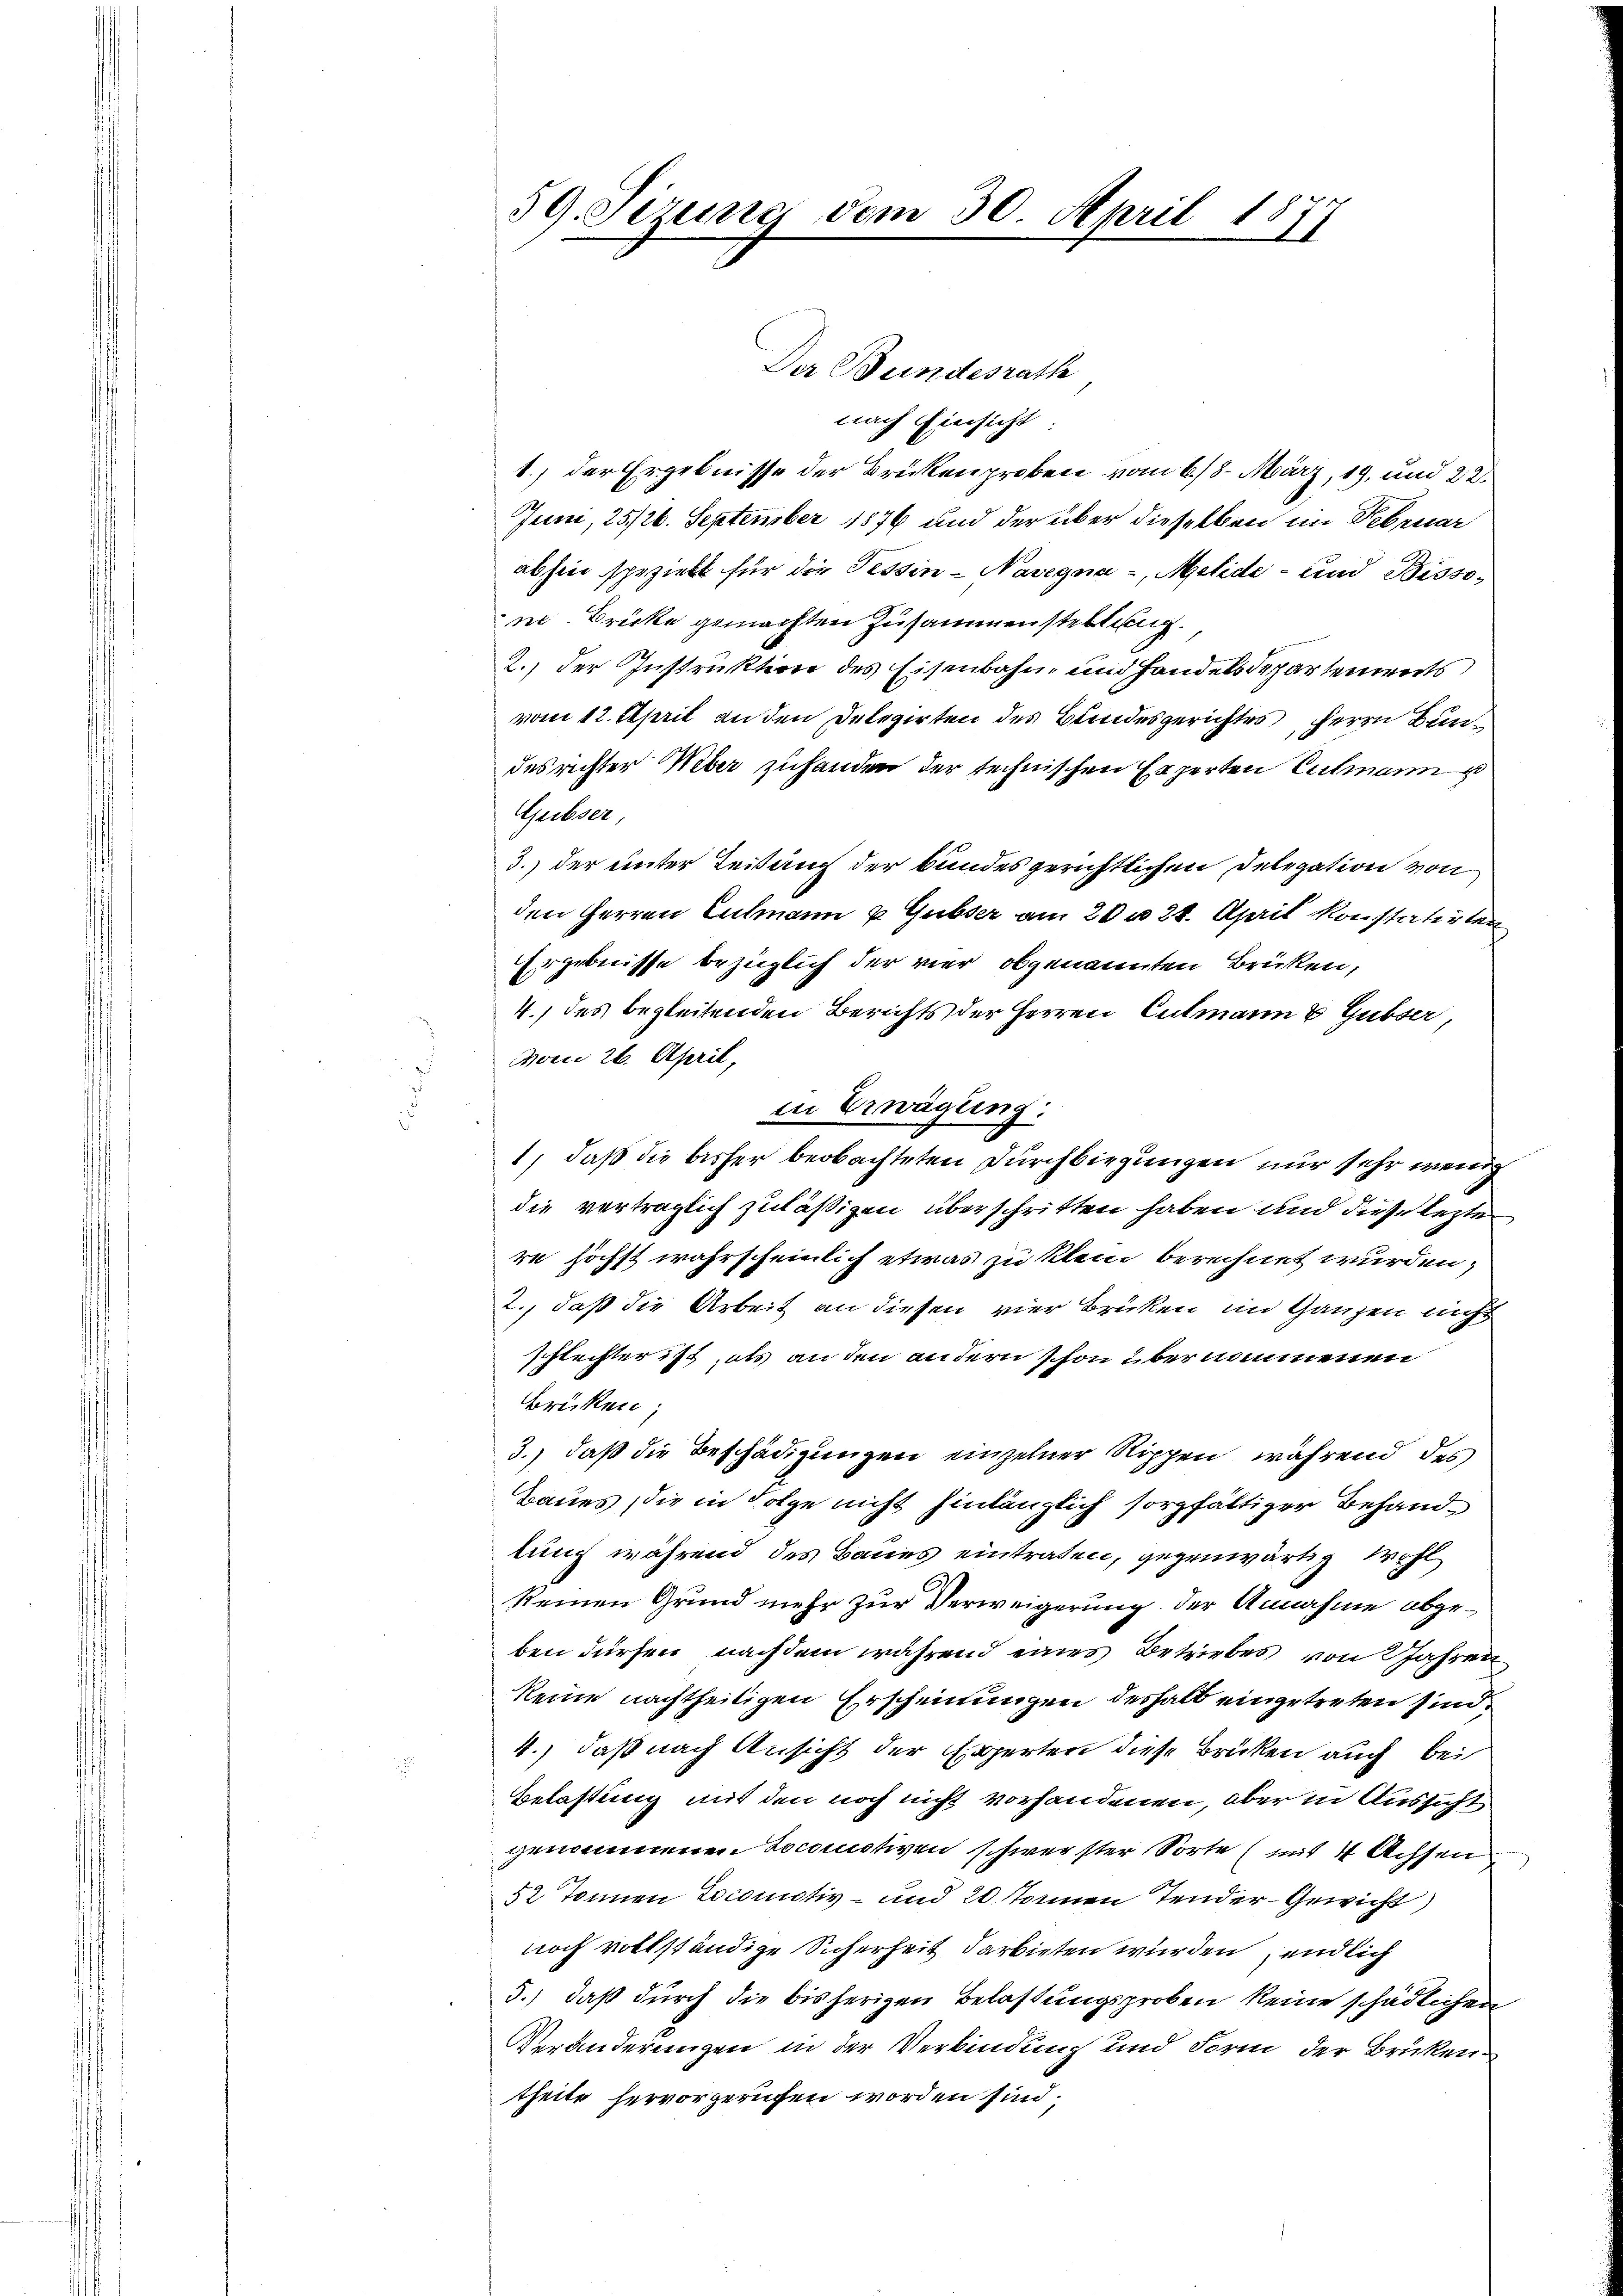
nach Einsicht
1.) der Ergebnisse der Brükenproben vom 6./8. März, 19. und 22
Juni, 25/26. September 1876 und der über dieselben im Februar
abhin spezielt für die Tessin - Navegna - Melide- und Bissone-Brücke gemachten Zusammenstellung.
2.) Der Instruktion des Eisenbahn- und Handelsdepartements
vom 12. April an den Delegirten des Bundesgerichtes Herrn Bundes rechter Weber zuhanden der technischen Experten Culmann u
Gubser,
3.) der unter Leitung der bundesgerichtlichen Delegation von
den Herren Culmann u. Gubser am 20 n 24. April konstatirten
Ergebnisse bezüglich der vier obgenannten Brüken,
4.) des begleitenden Berichts der Herren Culmann & Gubser,
vom 26. April,
in Erwägung:
1), daß die bisher beobachteten Durchbiegungen nur sehr wenig
die verträglich zuläßigen überschritten haben und diese lezte
re höchst wahrscheinlich etwas zu klein berechnet wurden;
2., daß die Arbeit an diesen vier Brüken im Ganzen nicht
schlechter ist, als an den andern schon übernommenen
Brüken;
3.) daß die Beschädigungen einzelner Rippen, während des
Baues, die in Folge nicht hinlänglich sorgfältiger Behandlung während des Baues eintraten, gegenwärtig wohl
keinen Grund mehr zur Verweigerung der Annahme abgeben dürfen, nachdem während eines Betriebes von Jahren
keine nachtheiligen Erscheinungen deshalb eingetreten sind.
4.) daß nach Ansicht der Experten diese Brücken auch bei
Belastung mit den noch nicht vorhandenen, aber in Aussicht
genommenen Socomotiven schwerster Sorte (mit 4 Achsen
52 Tonnen Locomotiv- und 20. Tonnen Tender-Gewicht)
noch vollständige Sicherheit darbieten wurden endlich
5.) daß durch die bisherigen Belastungsproben keine schädlichen
Veränderungen in der Verbindung und Form der Brükentheile hervorgerufen worden sind;

59. Sizung dem 30. April 1877

Der Bundesrath